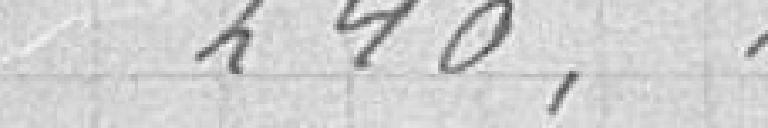
240,89